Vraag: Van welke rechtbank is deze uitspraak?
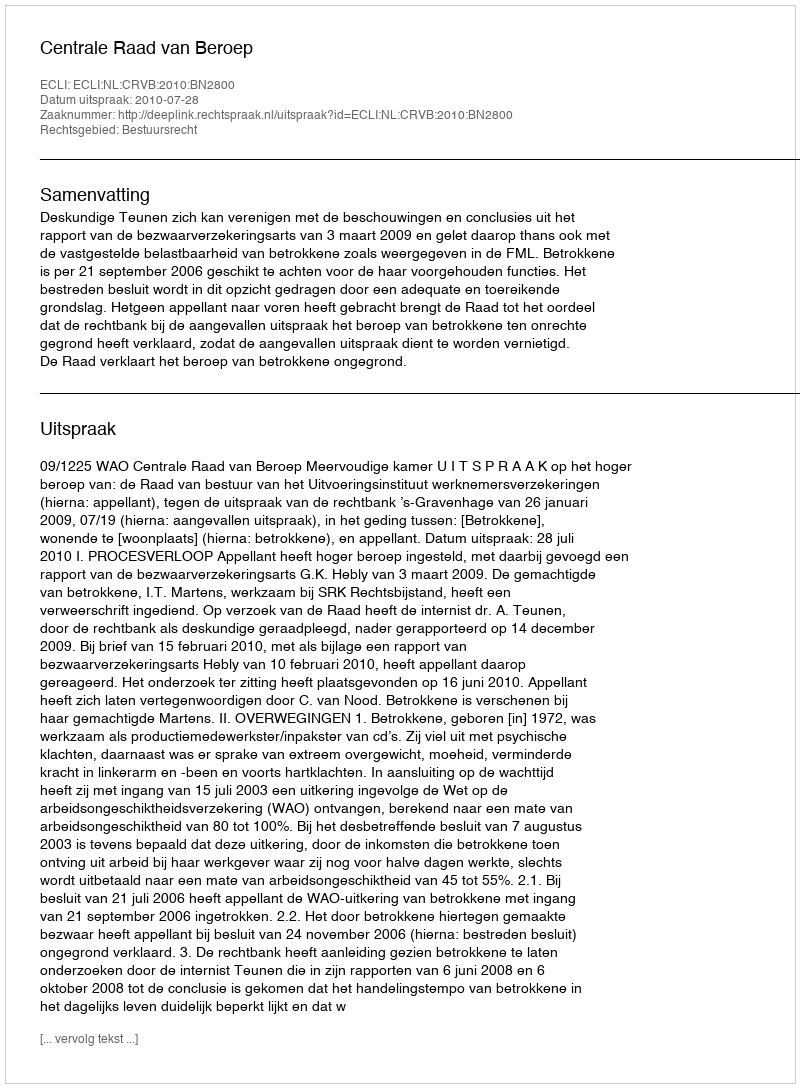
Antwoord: Centrale Raad van Beroep